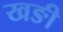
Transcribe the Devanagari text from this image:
खङी